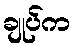
ချုပ်က